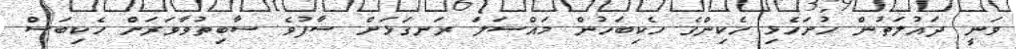
ވަނީ ދައުލަތުން ހުށަހެޅި ހެކިންގެ ހެކިބަހުން މައްސަލަ ރަނގަޅަށް ސާފުވެ ސާބިތުވާވަރަށް ހެކިބަސް